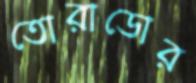
তোরাডোর